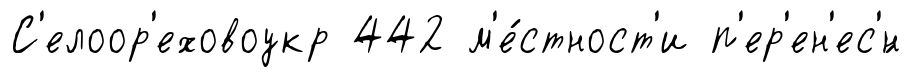
С'елоор'еховоукр 442 м'е́стност'и п'ер'ен'ес'́н